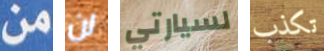
من لن لسيارتي تكذب